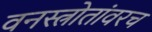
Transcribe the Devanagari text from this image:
वनस्त्रोतांवरच